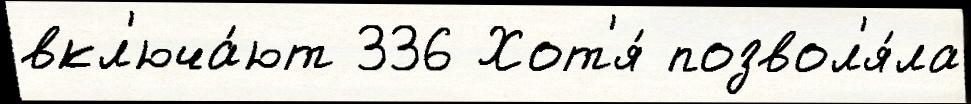
вкл'юча́ют 336 Хот'я́ позвол'я́ла